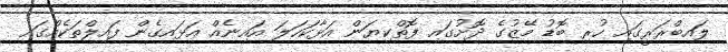
ލައިބްރަރީގައި ހުރި ބޮޑު މޭޒުގެ ދޮށުގައި ފޮތްކިޔަން އަޅާކަހަލަ އައިނެއް އަޅައިގެން ފައިލްތަކެއްގައި